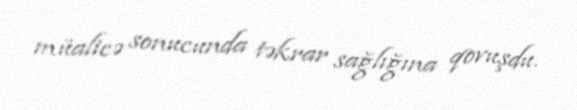
müalicə sonucunda təkrar sağlığına qovuşdu.